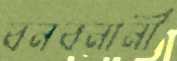
বনবনানী